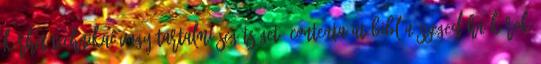
kérhet technikai vagy tartalmi segítséget: contenta AT bibl.u-szeged.hu Károk